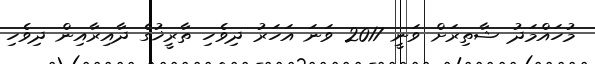
މުހައްމަދު ޝާތިރަށް ވަނީ 2017 ވަނަ އަހަރު ދިވެހި ތާރީޚުގެ ދާއިރާއިން ދިވެހި